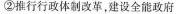
②推行行政体制改革，建设全能政府